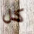
كل